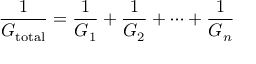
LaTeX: { \frac { 1 } { G _ { \mathrm { t o t a l } } } } = { \frac { 1 } { G _ { 1 } } } + { \frac { 1 } { G _ { 2 } } } + \cdots + { \frac { 1 } { G _ { n } } }